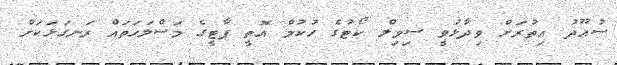
ސުޢޫދު އިތުރަށް ވިދާޅުވީ ސިވިލް ކޯޓުގެ ހުކުމް އޮތީ ޕާޓީގެ މަސްލަހަތައް ރަނގަޅަކަށް